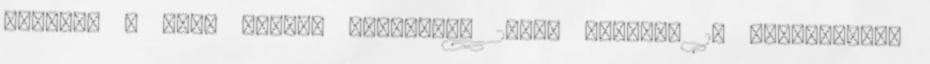
nyelven . Bass Player Magazine, 2005. február 1. Hozzáférés: